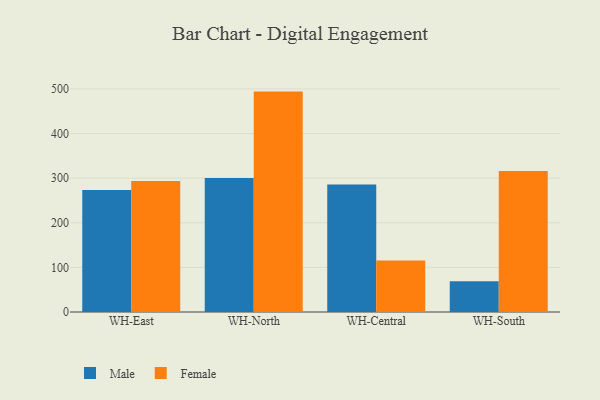
{"axis": {"x": "Warehouse", "y": "Temperature (°C)"}, "legend": ["Female", "Male"], "data": [{"x": "WH-East", "y": 273.6, "type": "Male"}, {"x": "WH-East", "y": 293.5, "type": "Female"}, {"x": "WH-North", "y": 300.6, "type": "Male"}, {"x": "WH-North", "y": 494.0, "type": "Female"}, {"x": "WH-Central", "y": 285.5, "type": "Male"}, {"x": "WH-Central", "y": 115.3, "type": "Female"}, {"x": "WH-South", "y": 69.2, "type": "Male"}, {"x": "WH-South", "y": 316.3, "type": "Female"}]}